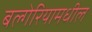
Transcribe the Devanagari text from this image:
बल्गेरियामधील